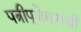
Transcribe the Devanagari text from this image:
पत्रीपूजेमागची